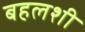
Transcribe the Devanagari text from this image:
बहलशी